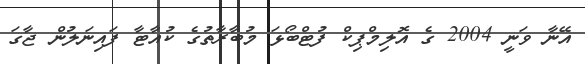
އޭނާ ވަނީ 2004 ގެ އޮލިމްޕިކް ފުޓްބޯޅަ މުބާރާތުގެ ކުއާޓާ ފައިނަލުން ޖާގަ